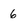
Character: 6